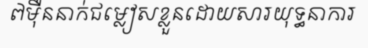
៧ម៉ឺននាក់ជម្លៀសខ្លួនដោយសារយុទ្ធនាការ